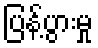
ပြန့်ပွားမှု